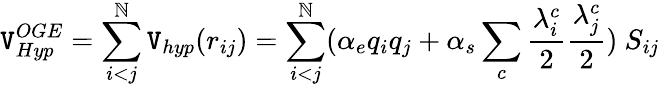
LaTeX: \mathtt{V}_{Hyp}^{OGE}=\sum_{i<j}^{\mathbb{N}}\mathtt{V}_{hyp}(r_{ij})=\sum_{i<j}^{\mathbb{N}}(\alpha_{e}q_{i}q_{j}+\alpha_{s}\sum_{c}\frac{{\lambda_{i}^{c}}}{{2}}\frac{{\lambda_{j}^{c}}}{{2}})\ S_{ij}